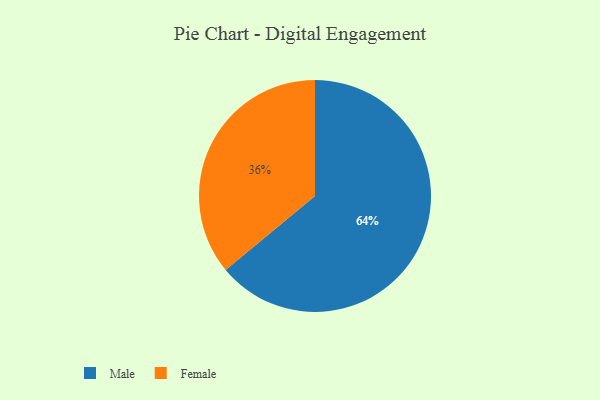
{"axis": {"x": "Category", "y": "Percentage"}, "legend": ["Female", "Male"], "data": [{"x": "Male", "y": 64, "type": "Male"}, {"x": "Female", "y": 36, "type": "Female"}]}